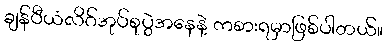
ချန်ပီယံလိဂ်အုပ်စုပွဲအနေနဲ့ ကစားရမှာဖြစ်ပါတယ်။